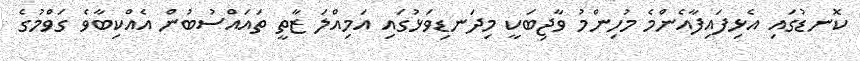
ކޮނޑުގައި އެޅިފައިފާއެންމެ މުހިންމު ވާޖިބަކީ މިދަނޑިވަޅުގައި އަމިއްލަ ޒާތީ ތައައްސުބުން އެއްކިބާވެ ގަވްމުގެ